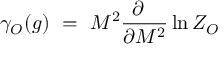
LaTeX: \gamma _ { \cal O } ( g ) ~ = ~ M ^ { 2 } \frac { \partial ~ ~ } { \partial M ^ { 2 } } \ln Z _ { \cal O }